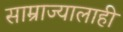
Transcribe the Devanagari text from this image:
साम्राज्यालाही